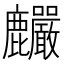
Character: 麣